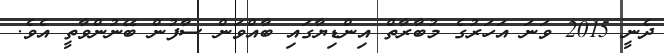
ދެނީ 2015 ވަނަ އަހަރުގެ މުބާރާތް އިންޑިޔާގައި ބާއްވަން ސާފުން ބޭނުންވާތީ އެވެ.